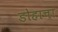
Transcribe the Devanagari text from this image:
डोहाचा